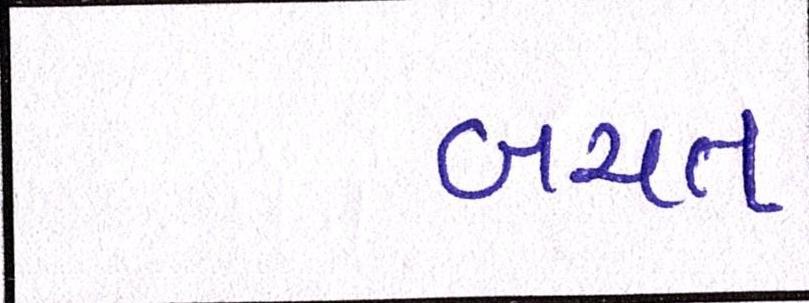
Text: બચત